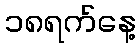
၁၈ရက်နေ့